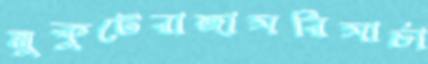
মুকুটেরাঙ্গাসরিসার্চা